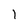
Character: 1